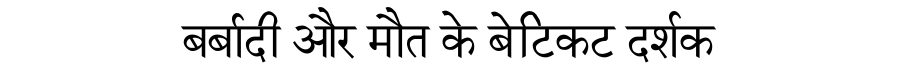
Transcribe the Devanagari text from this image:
बर्बादी और मौत के बेटिकट दर्शक